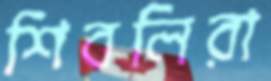
শিবলিরা